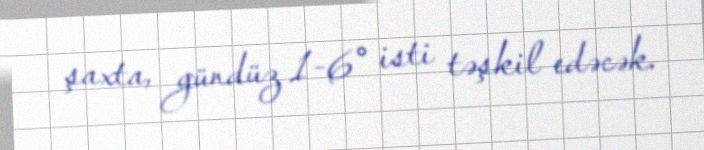
şaxta, gündüz 1-6° isti təşkil edəcək.